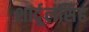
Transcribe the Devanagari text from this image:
शार्दूलसिंह